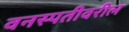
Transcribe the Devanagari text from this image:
वनस्पतीवरील